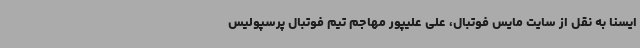
ایسنا به نقل از سایت مایس فوتبال، علی علیپور مهاجم تیم فوتبال پرسپولیس